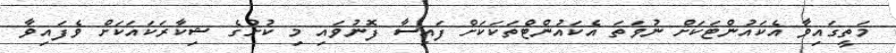
މަތީގައިވާ އެކައުންޓަކަށް ނުވަތަ އެކައުންޓްތަކަކަށް ފައިސާ ފޮނުވައި މި ކުށުގެ ޝިކާރަކައަކަށް ވެފައިވާ